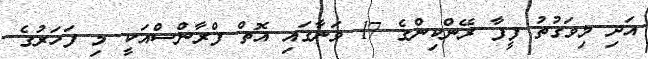
އަދި މިވަގުތު ފީފާ ރޭންކިންގެ 17 ވަނާގައި އޮތް ފްރާންސްއަކީ މި ފަހަރުގެ